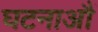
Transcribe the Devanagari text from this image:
घटनाऔं